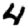
Digit: 4